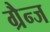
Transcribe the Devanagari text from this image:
ग्रैन्ज